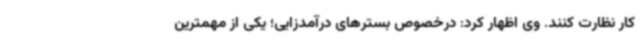
کار نظارت کنند. وی اظهار کرد: درخصوص بسترهای درآمدزایی؛ یکی از مهمترین